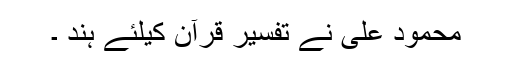
محمود علی نے تفسیر قرآن کیلئے ہند ۔